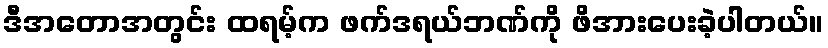
ဒီအတောအတွင်း ထရမ့်က ဖက်ဒရယ်ဘဏ်ကို ဖိအားပေးခဲ့ပါတယ်။